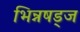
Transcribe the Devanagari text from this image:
भिन्नषड्ज